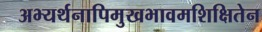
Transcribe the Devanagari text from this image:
अभ्यर्थनापिमुखभावमशिक्षितेन